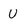
Character: U